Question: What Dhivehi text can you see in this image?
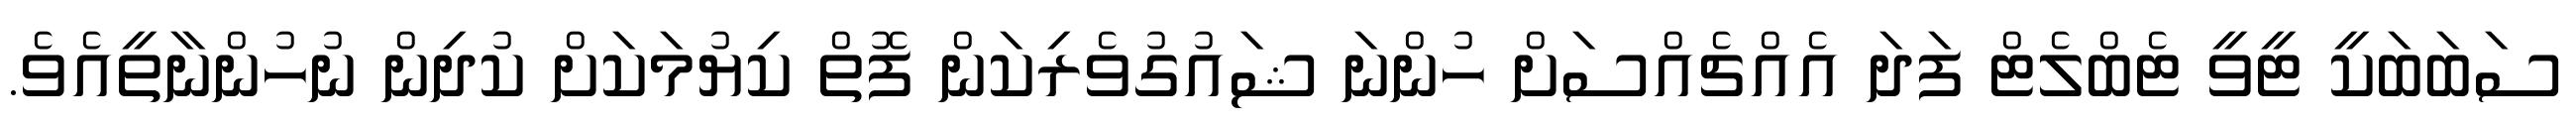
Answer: ސަބަބަކީ ޓީވީ ޓެބްލެޓް ފަދަ އެއްޗެއްސަށް ހުންނަ ޝައުގުވެރިކަން ފޮތް ކިޔުމަކަށް ކުދިން ނުހުންނާތީއެވެ.